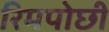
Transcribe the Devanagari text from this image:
रिमपोछी